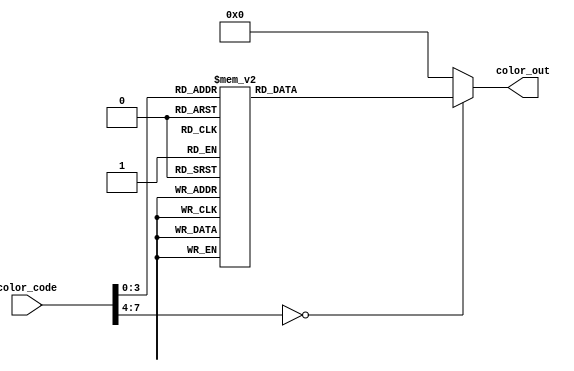
`timescale 1ns / 1ps

module color_converter(
    input [7:0] color_code,
    output reg [7:0] color_out
    );
	
	always @(color_code)
	begin
		case(color_code)
			8'd00: color_out <= 8'b00000000; // Black
			8'd01: color_out <= 8'b11100000; // Red
			8'd02: color_out <= 8'b00011100; // Green
			8'd03: color_out <= 8'b00000011; // Blue
			8'd04: color_out <= 8'b11111100; // Yellow
			8'd05: color_out <= 8'b11100011; // Magenta
			8'd06: color_out <= 8'b00011111; // Cyan
			8'd07: color_out <= 8'b10010010; // Grey
			8'd08: color_out <= 8'b00100101; // Grey Blue
			8'd09: color_out <= 8'b01111010; // Seafoam
			8'd10: color_out <= 8'b01101010; // Purple
			8'd11: color_out <= 8'b11101010; // Pink
			8'd12: color_out <= 8'b11110110; // Peach
			8'd13: color_out <= 8'b10110111; // Light Blue
			8'd14: color_out <= 8'b11010101; // Dark purple
			8'd15: color_out <= 8'b11111111; // White
			default: color_out <= 8'b00000000; // Black
		endcase
	end

endmodule